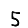
Digit: 5